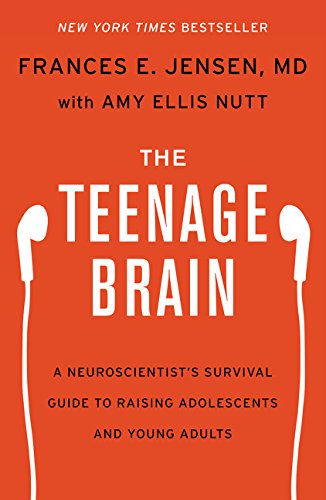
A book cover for The Teenage Brain: A Neuroscientist's Survival Guide to Raising Adolescents and Young Adults; Frances E. Jensen; Parenting & Relationships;